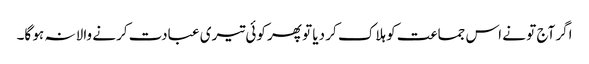
اگر آج تو نے اس جماعت کو ہلاک کر دیا تو پھر کوئی تیری عبادت کرنے والا نہ ہو گا۔